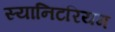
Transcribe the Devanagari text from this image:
स्यानिटरियम